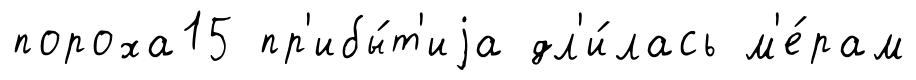
пороха15 пр'ибы́т'иjа дл'и́лась м'е́рам